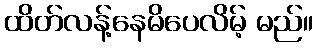
ထိတ်လန့်နေမိပေလိမ့် မည်။